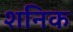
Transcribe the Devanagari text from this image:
शनिक